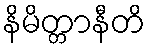
နိမိတ္တာနီတိ